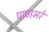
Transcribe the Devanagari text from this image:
पाणभरे